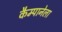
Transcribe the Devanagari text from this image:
कैम्पानेला